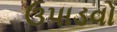
ઉપાડવો